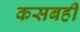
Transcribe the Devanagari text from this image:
कसबही